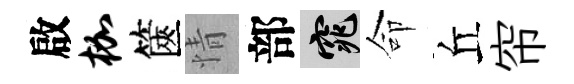
啟枷篋情部窕命丘帘